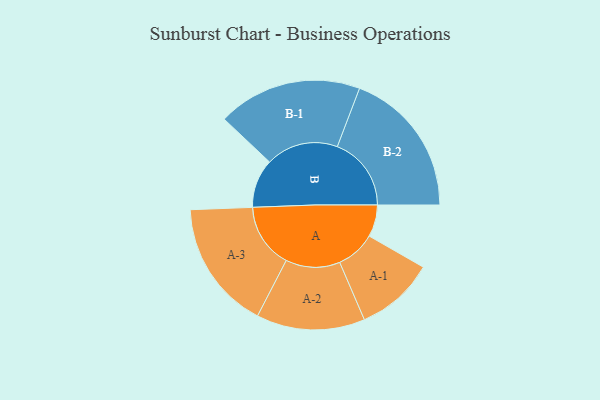
{"axis": {"x": "Segment", "y": "Value"}, "legend": ["", "A", "B"], "data": [{"x": "A", "y": 110, "type": ""}, {"x": "B", "y": 168, "type": ""}, {"x": "A-1", "y": 136, "type": "A"}, {"x": "A-2", "y": 187, "type": "A"}, {"x": "A-3", "y": 223, "type": "A"}, {"x": "B-1", "y": 249, "type": "B"}, {"x": "B-2", "y": 255, "type": "B"}]}